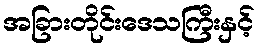
အခြားတိုင်းဒေသကြီးနှင့်